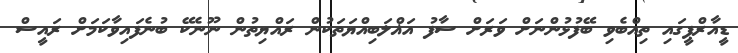
ޑީއާރްޕީގައި ތިއްބެވި ބޭފުޅުންނަށް ވަރަށް ސާފު އަޣްލަބިއްޔަތަކުން ރައްޔިތުން ނޫނެކޭ ބުނެފައިވާކަމަށް ރައީސް